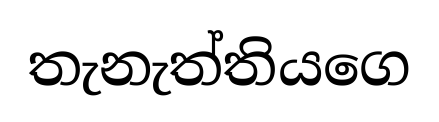
තැනැත්තියගෙ